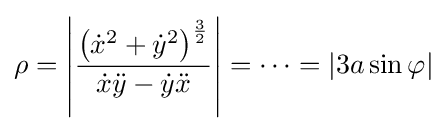
\rho =\left|{\frac {\left({{\dot {x}}^{2}+{\dot {y}}^{2}}\right)^{\frac {3}{2}}}{{\dot {x}}{\ddot {y}}-{\dot {y}}{\ddot {x}}}}\right|=\cdots =|3a\sin \varphi |